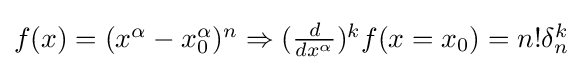
{\textstyle f(x)=(x^{\alpha }-x_{0}^{\alpha })^{n}\Rightarrow ({d \over dx^{\alpha }})^{k}f(x=x_{0})=n!\delta _{n}^{k}}